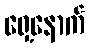
ရှေ့နောက်